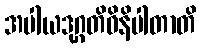
အပါယဒုဂ္ဂတိဝိနိပါတာတိ